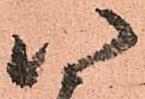
八